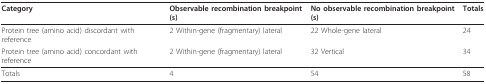
| Category | Observable recombination breakpoint(s) | No observable recombination breakpoint(s) | Totals |
 | --- | --- | --- | --- |
 | Protein tree (amino acid) discordant with reference | 2 Within-gene (fragmentary) lateral | 22 Whole-gene lateral | 24 |
 | Protein tree (amino acid) concordant with reference | 2 Within-gene (fragmentary) lateral | 32 Vertical | 34 |
 | Totals | 4 | 54 | 58 |